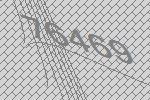
76469